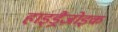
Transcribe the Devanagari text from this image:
हाइड्रैज़ोइक